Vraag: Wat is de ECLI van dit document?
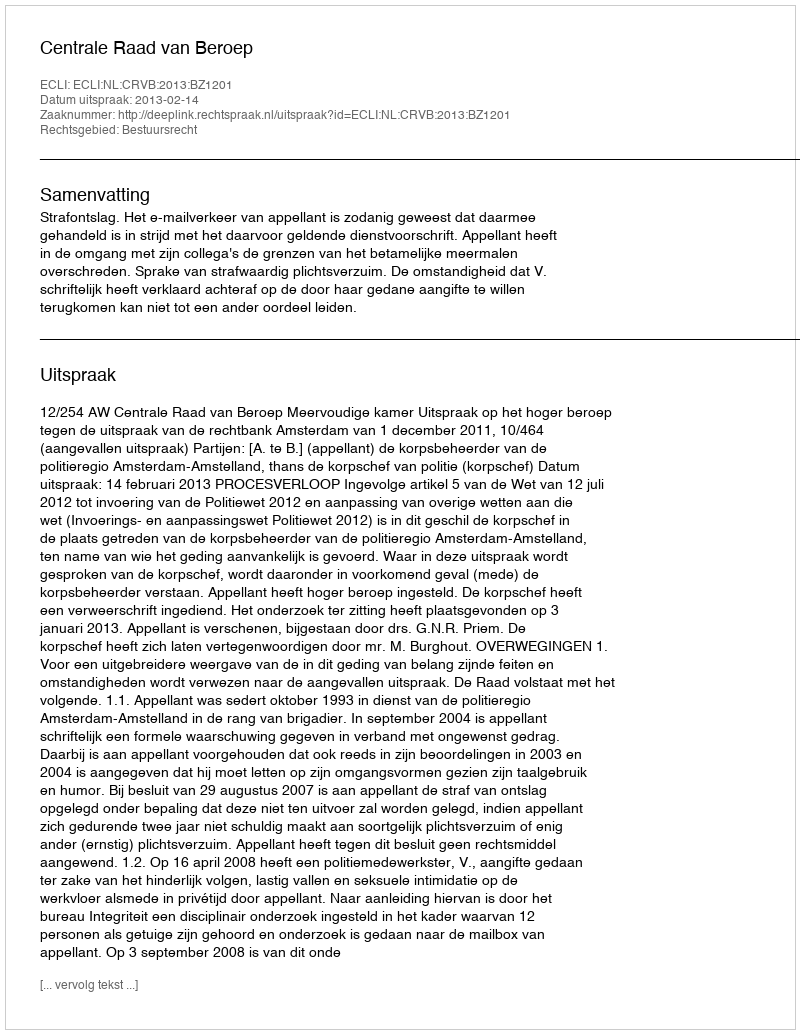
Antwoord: ECLI:NL:CRVB:2013:BZ1201